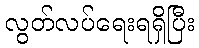
လွတ်လပ်ရေးရရှိပြီး